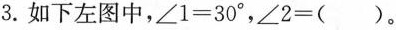
3.如下左图中，$$∠ 1 = 3 0 °$$，$$∠ 2 = ( )$$。